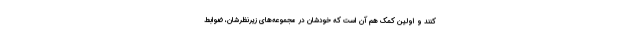
کنند و اولین کمک هم آن است که خودشان در مجموعه‌های زیرنظرشان، ضوابط